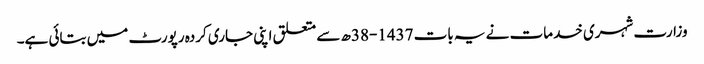
وزارت شہری خدمات نے یہ بات 1437-38ھ سے متعلق اپنی جاری کردہ رپورٹ میں بتائی ہے۔